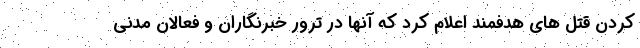
کردن قتل های هدفمند اعلام کرد که آنها در ترور خبرنگاران و فعالان مدنی